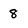
Character: 8